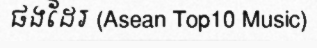
ផងដែរ (Asean Top10 Music)